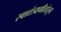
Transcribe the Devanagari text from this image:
स्वातंत्र्यगीतांतून